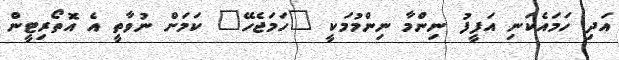
އަދި ހަމައެކަނި އަފީފު ނިންމާ ނިންމުމަކީ "ހަމަޖެހޭ" ކަމަށް ނުވާތީ އެ އޮތޯރިޓީން